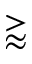
\gtrapprox